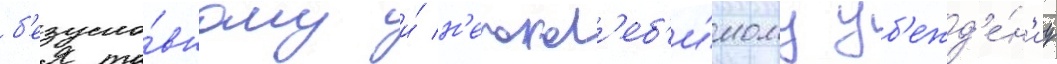
б'езусло́вному и́ н'епокол'еб'и́мому уб'ежд'е́н'иу